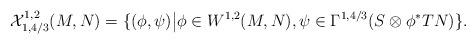
LaTeX: \begin{align*}\mathcal{X}^{1,2}_{1,4/3}(M,N)=\{(\phi,\psi)\big| \phi\in W^{1,2}(M,N), \psi\in\Gamma^{1,4/3}(S\otimes\phi^*TN)\}.\end{align*}